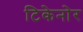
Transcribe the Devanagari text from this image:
टिकेनोर